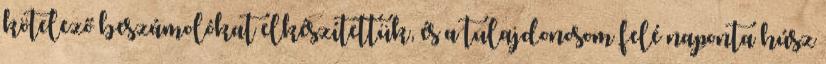
kötelező beszámolókat elkészítettük, és a tulajdonosom felé naponta húsz